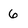
Character: 6